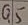
Text: Q5